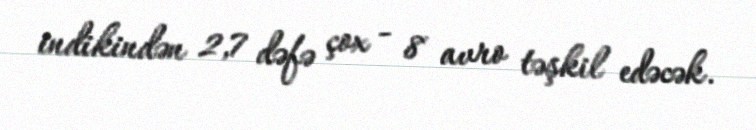
indikindən 2,7 dəfə çox - 8 avro təşkil edəcək.